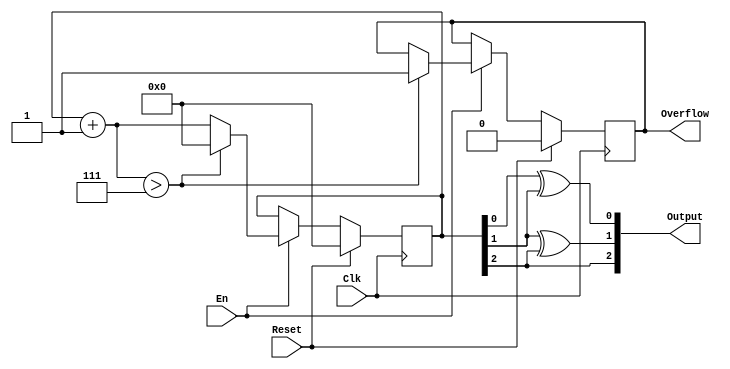
`timescale 1ns / 1ps
//////////////////////////////////////////////////////////////////////////////////
// Company: 
// Engineer: 
// 
// Design Name: 
// Module Name:    gray 
// Project Name: 
// Target Devices: 
// Tool versions: 
// Description: 
//
// Dependencies: 
//
// Revision: 
// Revision 0.01 - File Created
// Additional Comments: 
//
//////////////////////////////////////////////////////////////////////////////////
module gray(
   input Clk,
   input Reset,
	input En,
	output [2:0] Output,
	output Overflow
    );
	reg [3:0] counter;
	reg over;

	assign Overflow = over;
	assign Output = {counter[2],counter[1]^counter[2],counter[0]^counter[1]};
	
	initial begin
		counter = 0;
		over = 0;
	end

	always @ (posedge Clk) begin
		if(Reset) begin
			counter = 0;
			over <= 0;
		end
		else begin
			if (En) begin
				counter = counter + 1;
				if (counter>7) begin
					counter = 0;
					over <= 1;
				end
			end
		end
	end

endmodule